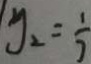
y _ { 2 } = \frac { 1 } { 3 }